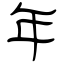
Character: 年